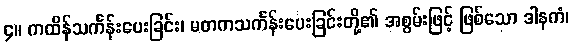
၄။ ကထိန်သင်္ကန်းပေးခြင်း၊ မတကသင်္ကန်းပေးခြင်းတို့၏ အစွမ်းဖြင့် ဖြစ်သော ဒါနကံ၊